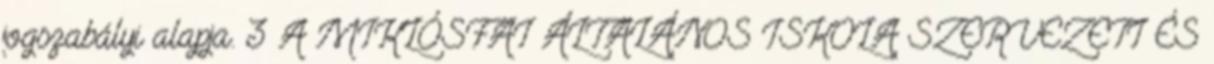
jogszabályi alapja. 3 A MIKLÓSFAI ÁLTALÁNOS ISKOLA SZERVEZETI ÉS